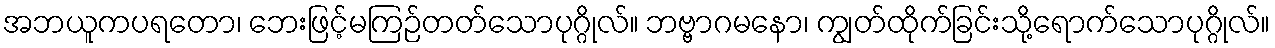
အဘယူကပရတော၊ ဘေးဖြင့်မကြဉ်တတ်သောပုဂ္ဂိုလ်။ ဘဗ္ဗာဂမနော၊ ကျွတ်ထိုက်ခြင်းသို့ရောက်သောပုဂ္ဂိုလ်။